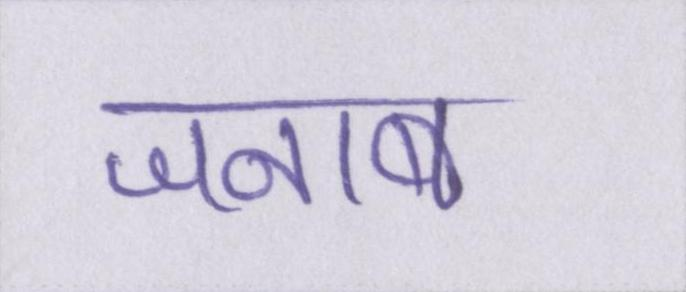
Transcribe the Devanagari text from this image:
जनाब